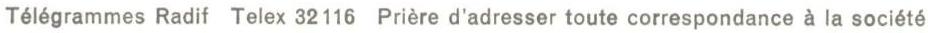
Télégrammes Radif  Telex 32 116  Prière d'adresser toute correspondance à la société